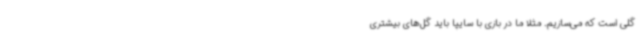
گلی است که می‌سازیم. مثلا ما در بازی با سایپا باید گل‌های بیشتری